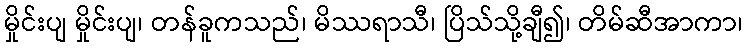
မှိုင်းပျ မှိုင်းပျ၊ တန်ခူကသည်၊ မိဿရာသီ၊ ပြိသ်သို့ချီ၍၊ တိမ်ဆီအာကာ၊